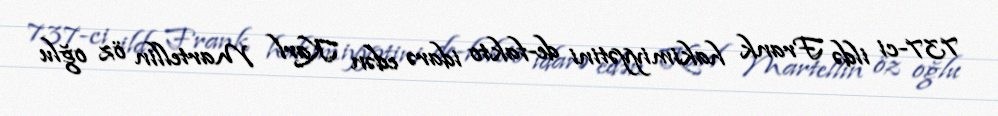
737-ci ildə Frank hakimiyyətini de-fakto idarə edən Karl Martellin öz oğlu